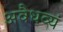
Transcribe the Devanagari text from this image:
अवैधव्यं